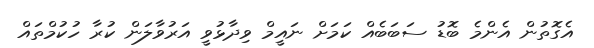
އެގޮތުން އެންމެ ބޮޑު ސަބަބެއް ކަމަށް ނައީމް ވިދާޅުވީ އަރުވާލަން ކުރާ ހުކުމްތައް